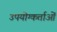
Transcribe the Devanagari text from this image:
उपयोग्कर्ताओं